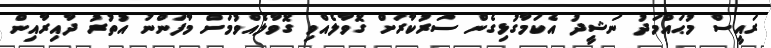
ރައީސް މުޙައްމަދު ނަޝީދު އެކަމާގުޅިގެން ސަރުކާރަށް ގޮވާލެއްވި ގޮވާލެއްވުމަށް މާފަންނު އުތުރު ދާއިރާއިން